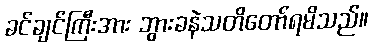
ခင်ချင်ကြီးအား ဘွားခနဲသတိတော်ရမိသည်။